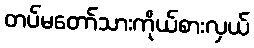
တပ်မတော်သားကိုယ်စားလှယ်